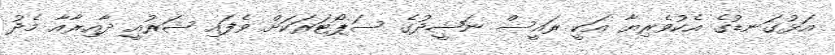
އަޅުގަނޑުގެ އެކުވެރިޔާ އަކީ ރައީސް ނަޝީދުގެ ސަޕޯޓަރަކަށް ވެފައި ޝަރުއީ ދާއިރާއާ މެދު